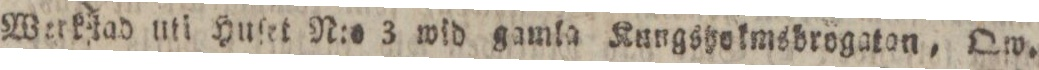
Werkſtad uti Huſet N:o 3 wid gamla Kungsyokmsbrogaton, Qw.